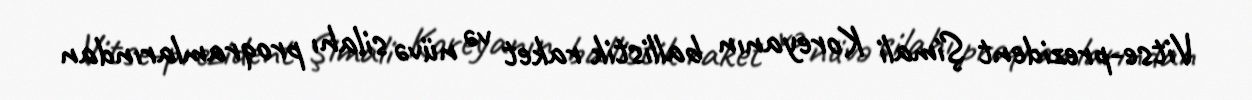
Vitse-prezident Şimali Koreyanın ballistik raket və nüvə silahı proqramlarından